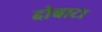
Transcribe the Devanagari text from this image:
दोबाटा